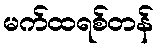
မက်ထရစ်တန်